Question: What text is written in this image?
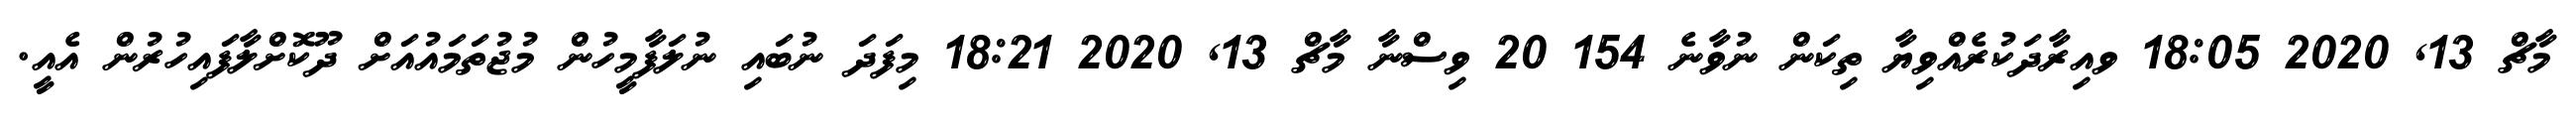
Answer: މާޗް 13, 2020 18:05 ވއިރާދަކުރެއްވިޔާ ތިކަން ނުވާނެ 154 20 ވިސްނާ މާޗް 13, 2020 18:21 މިފަދަ ނުބައި ނުލަފާމީހުން މުޖުތަމައުއަށް ދޫކޮށްލާފައިހުރުން އެއީ.